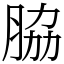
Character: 脇